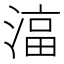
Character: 𬈠